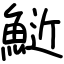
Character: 𫙧